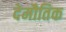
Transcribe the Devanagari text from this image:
देमौतिक